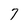
Character: 7